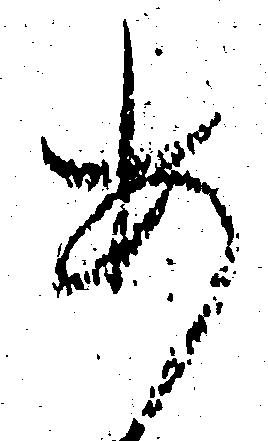
あ